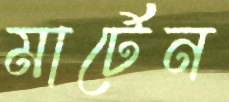
মার্টেন